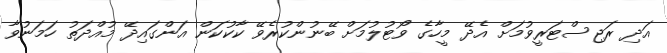
އަދި ރަޖިސްޓަރީވުމަށް އެދޭ މީހާގެ ވޯޓުލުމަށް ބޭނުންކުރެވޭ ކާކުކަން އަންގައިދޭ މުއްދަތު ހަމަނުވާ